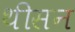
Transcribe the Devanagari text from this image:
थीसन